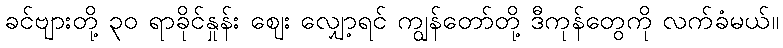
ခင်ဗျားတို့ ၃၀ ရာခိုင်နှုန်း ဈေး လျှော့ရင် ကျွန်တော်တို့ ဒီကုန်တွေကို လက်ခံမယ်။